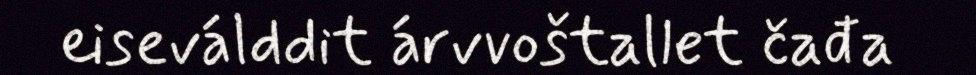
eiseválddit árvvoštallet čađa